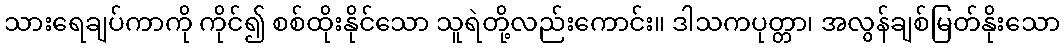
သားရေချပ်ကာကို ကိုင်၍ စစ်ထိုးနိုင်သော သူရဲတို့လည်းကောင်း။ ဒါသကပုတ္တာ၊ အလွန်ချစ်မြတ်နိုးသော